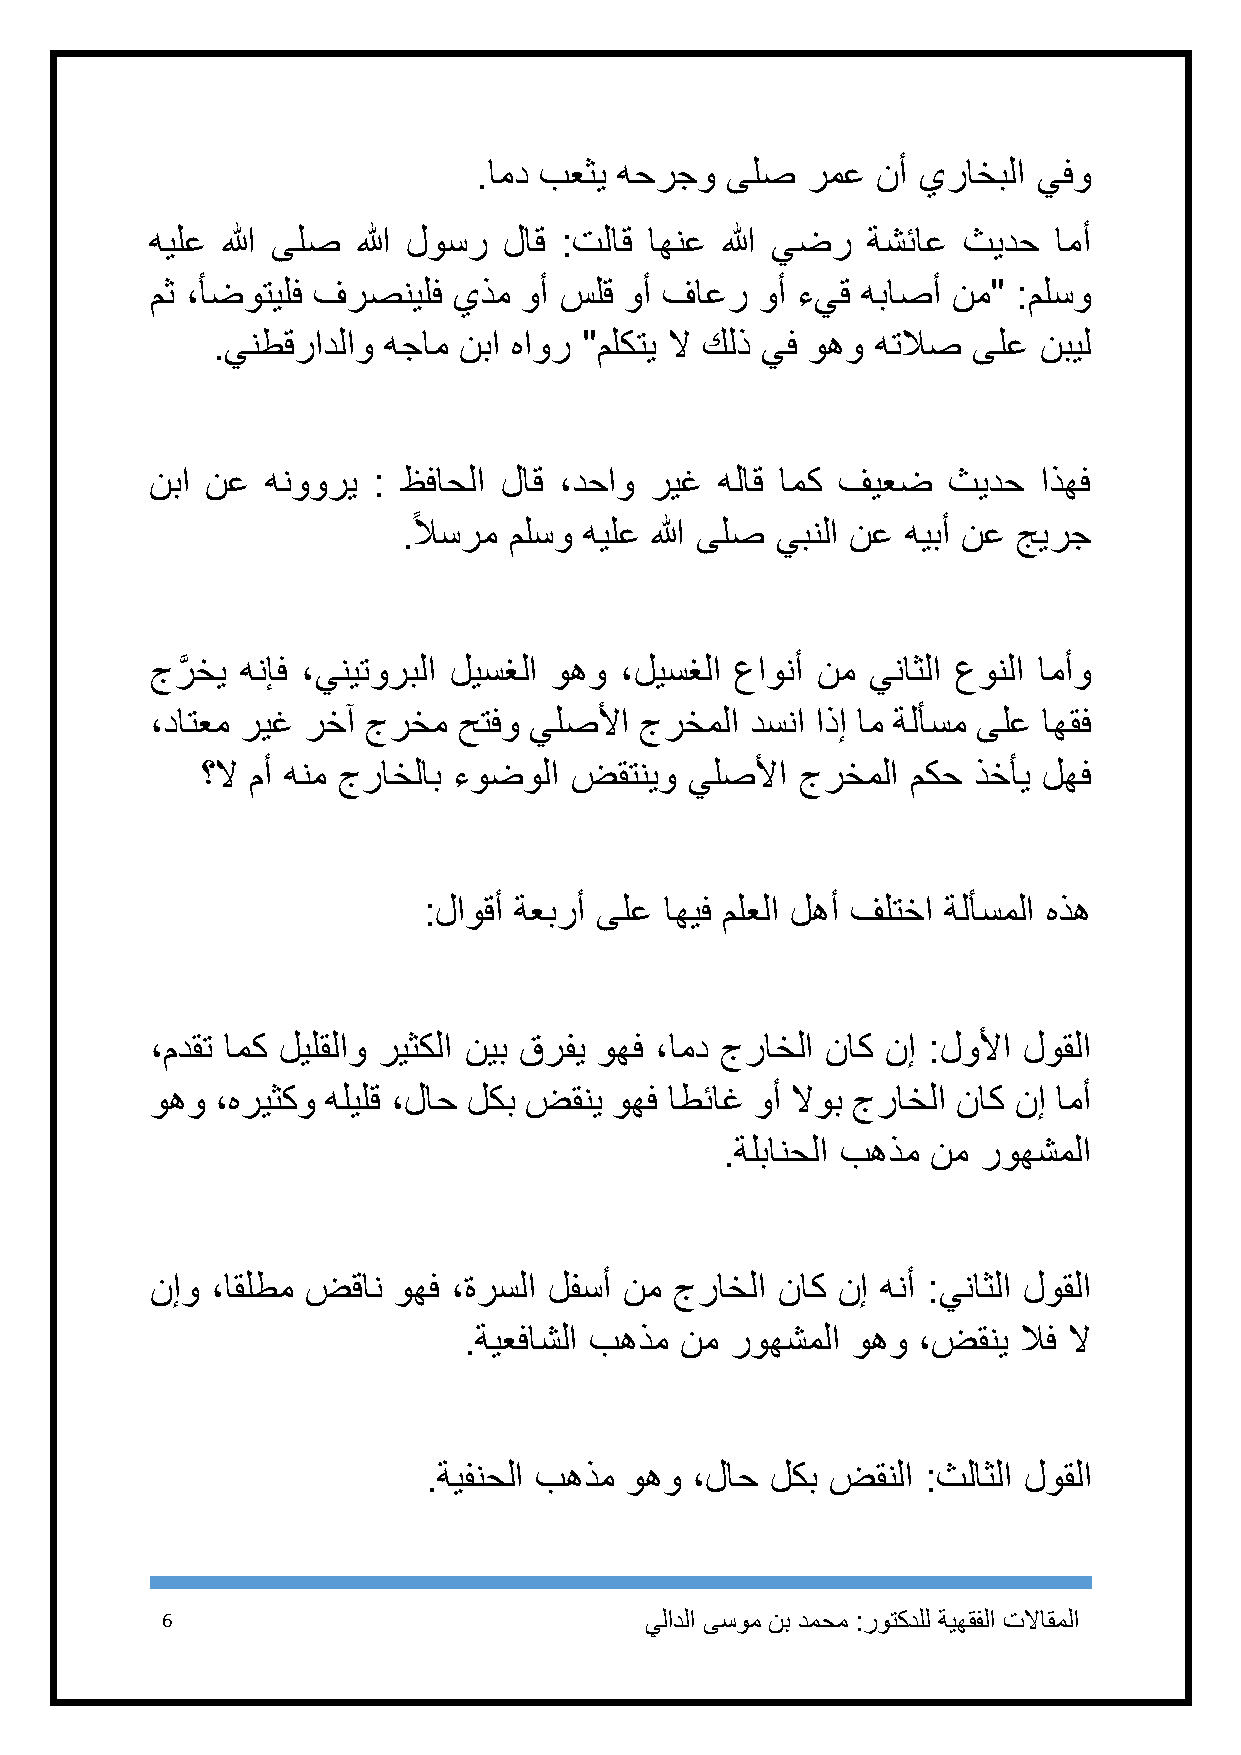
.امد بعثي هحرجو ىلص  رمع  نأ يراخبلا يفو
 هيلع الله ىلص الله لوسر لاق :تلاق اهنع الله يضر ةشئاع ثيدح  امأ
 مث ،أضوتيلف فرصنيلف يذم  وأ سلق وأ فاعر وأ ءيق هباصأ نم" :ملسو
 .ينطقرادلاو هجام نبا هاور "ملكتي لا كلذ يف وهو هتلاص ىلع نبيل
 نبا نع  هنووري : ظفاحلا لاق ،دحاو ريغ هلاق امك فيعض  ثيدح  اذهف
 .ًلاسرم ملسو هيلع الله ىلص يبنلا نع هيبأ نع جيرج
 جرَّ خي هنإف ،ينيتوربلا ليسغلا وهو ،ليسغلا عاونأ نم يناثلا عونلا امأو
 ،داتعم ريغ رخآ جرخم حتفو يلصلأا جرخملا  دسنا اذإ ام ةلأسم ىلع اهقف
 ؟لا مأ هنم جراخلاب ءوضولا ضقتنيو يلصلأا جرخملا مكح ذخأي لهف
 :لاوقأ ةعبرأ ىلع اهيف ملعلا لهأ فلتخا ةلأسملا هذه
 ،مدقت امك ليلقلاو ريثكلا نيب قرفي وهف ،امد جراخلا ناك نإ :لولأا لوقلا
 وهو ،هريثكو هليلق ،لاح لكب ضقني وهف اطئاغ وأ لاوب جراخلا ناك نإ امأ
 .ةلبانحلا بهذم نم روهشملا
 نإو ،اقلطم ضقان وهف ،ةرسلا لفسأ نم جراخلا ناك نإ هنأ :يناثلا لوقلا
 .ةيعفاشلا بهذم نم روهشملا وهو ،ضقني  لاف لا
 .ةيفنحلا بهذم وهو ،لاح لكب ضقنلا :ثلاثلا لوقلا
 6                               يلادلا ىسوم نب دمحم :روتكدلل ةيهقفلا تلااقملا